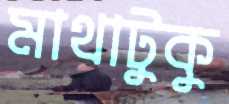
মাথাটুকু